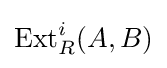
\operatorname {Ext} _{R}^{i}(A,B)